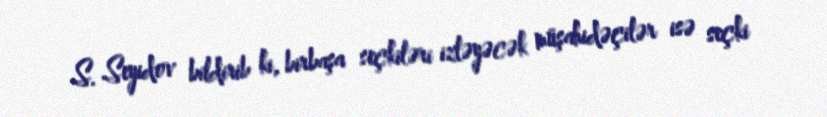
S. Seyidov bildirib ki, birbaşa seçkiləri izləyəcək müşahidəçilər isə seçki